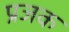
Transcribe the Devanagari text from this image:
प्रजक